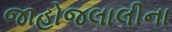
જાહોજલાલીના